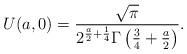
LaTeX: \begin{align*}U(a,0)=\frac{\sqrt{\pi}}{2^{\frac{a}{2} + \frac{1}{4}}\Gamma \left(\frac{3}{4} + \frac{a}{2}\right)}.\end{align*}